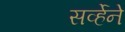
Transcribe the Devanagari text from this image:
सर्व्हेने